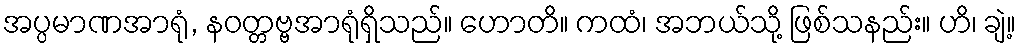
အပ္ပမာဏအာရုံ, နဝတ္တဗ္ဗအာရုံရှိသည်။ ဟောတိ။ ကထံ၊ အဘယ်သို့ ဖြစ်သနည်း။ ဟိ၊ ချဲ့။